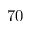
7 0